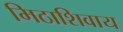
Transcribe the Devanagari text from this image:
मिठाशिवाय